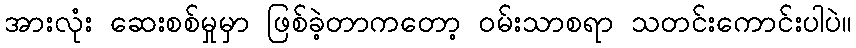
အားလုံး ဆေးစစ်မှုမှာ ဖြစ်ခဲ့တာကတော့ ဝမ်းသာစရာ သတင်းကောင်းပါပဲ။